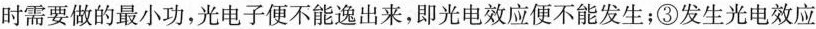
时需要做的最小功，光电子便不能逸出来，即光电效应便不能发生；③发生光电效应